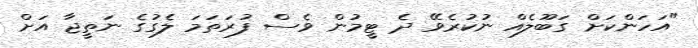
"އަހަންކަށް ގަބޫލެއް ނުކުރެވޭ ދެ ޓީމުން ވެސް ފުރަތަމަ ލެގުގެ ނަތީޖާ އަށް